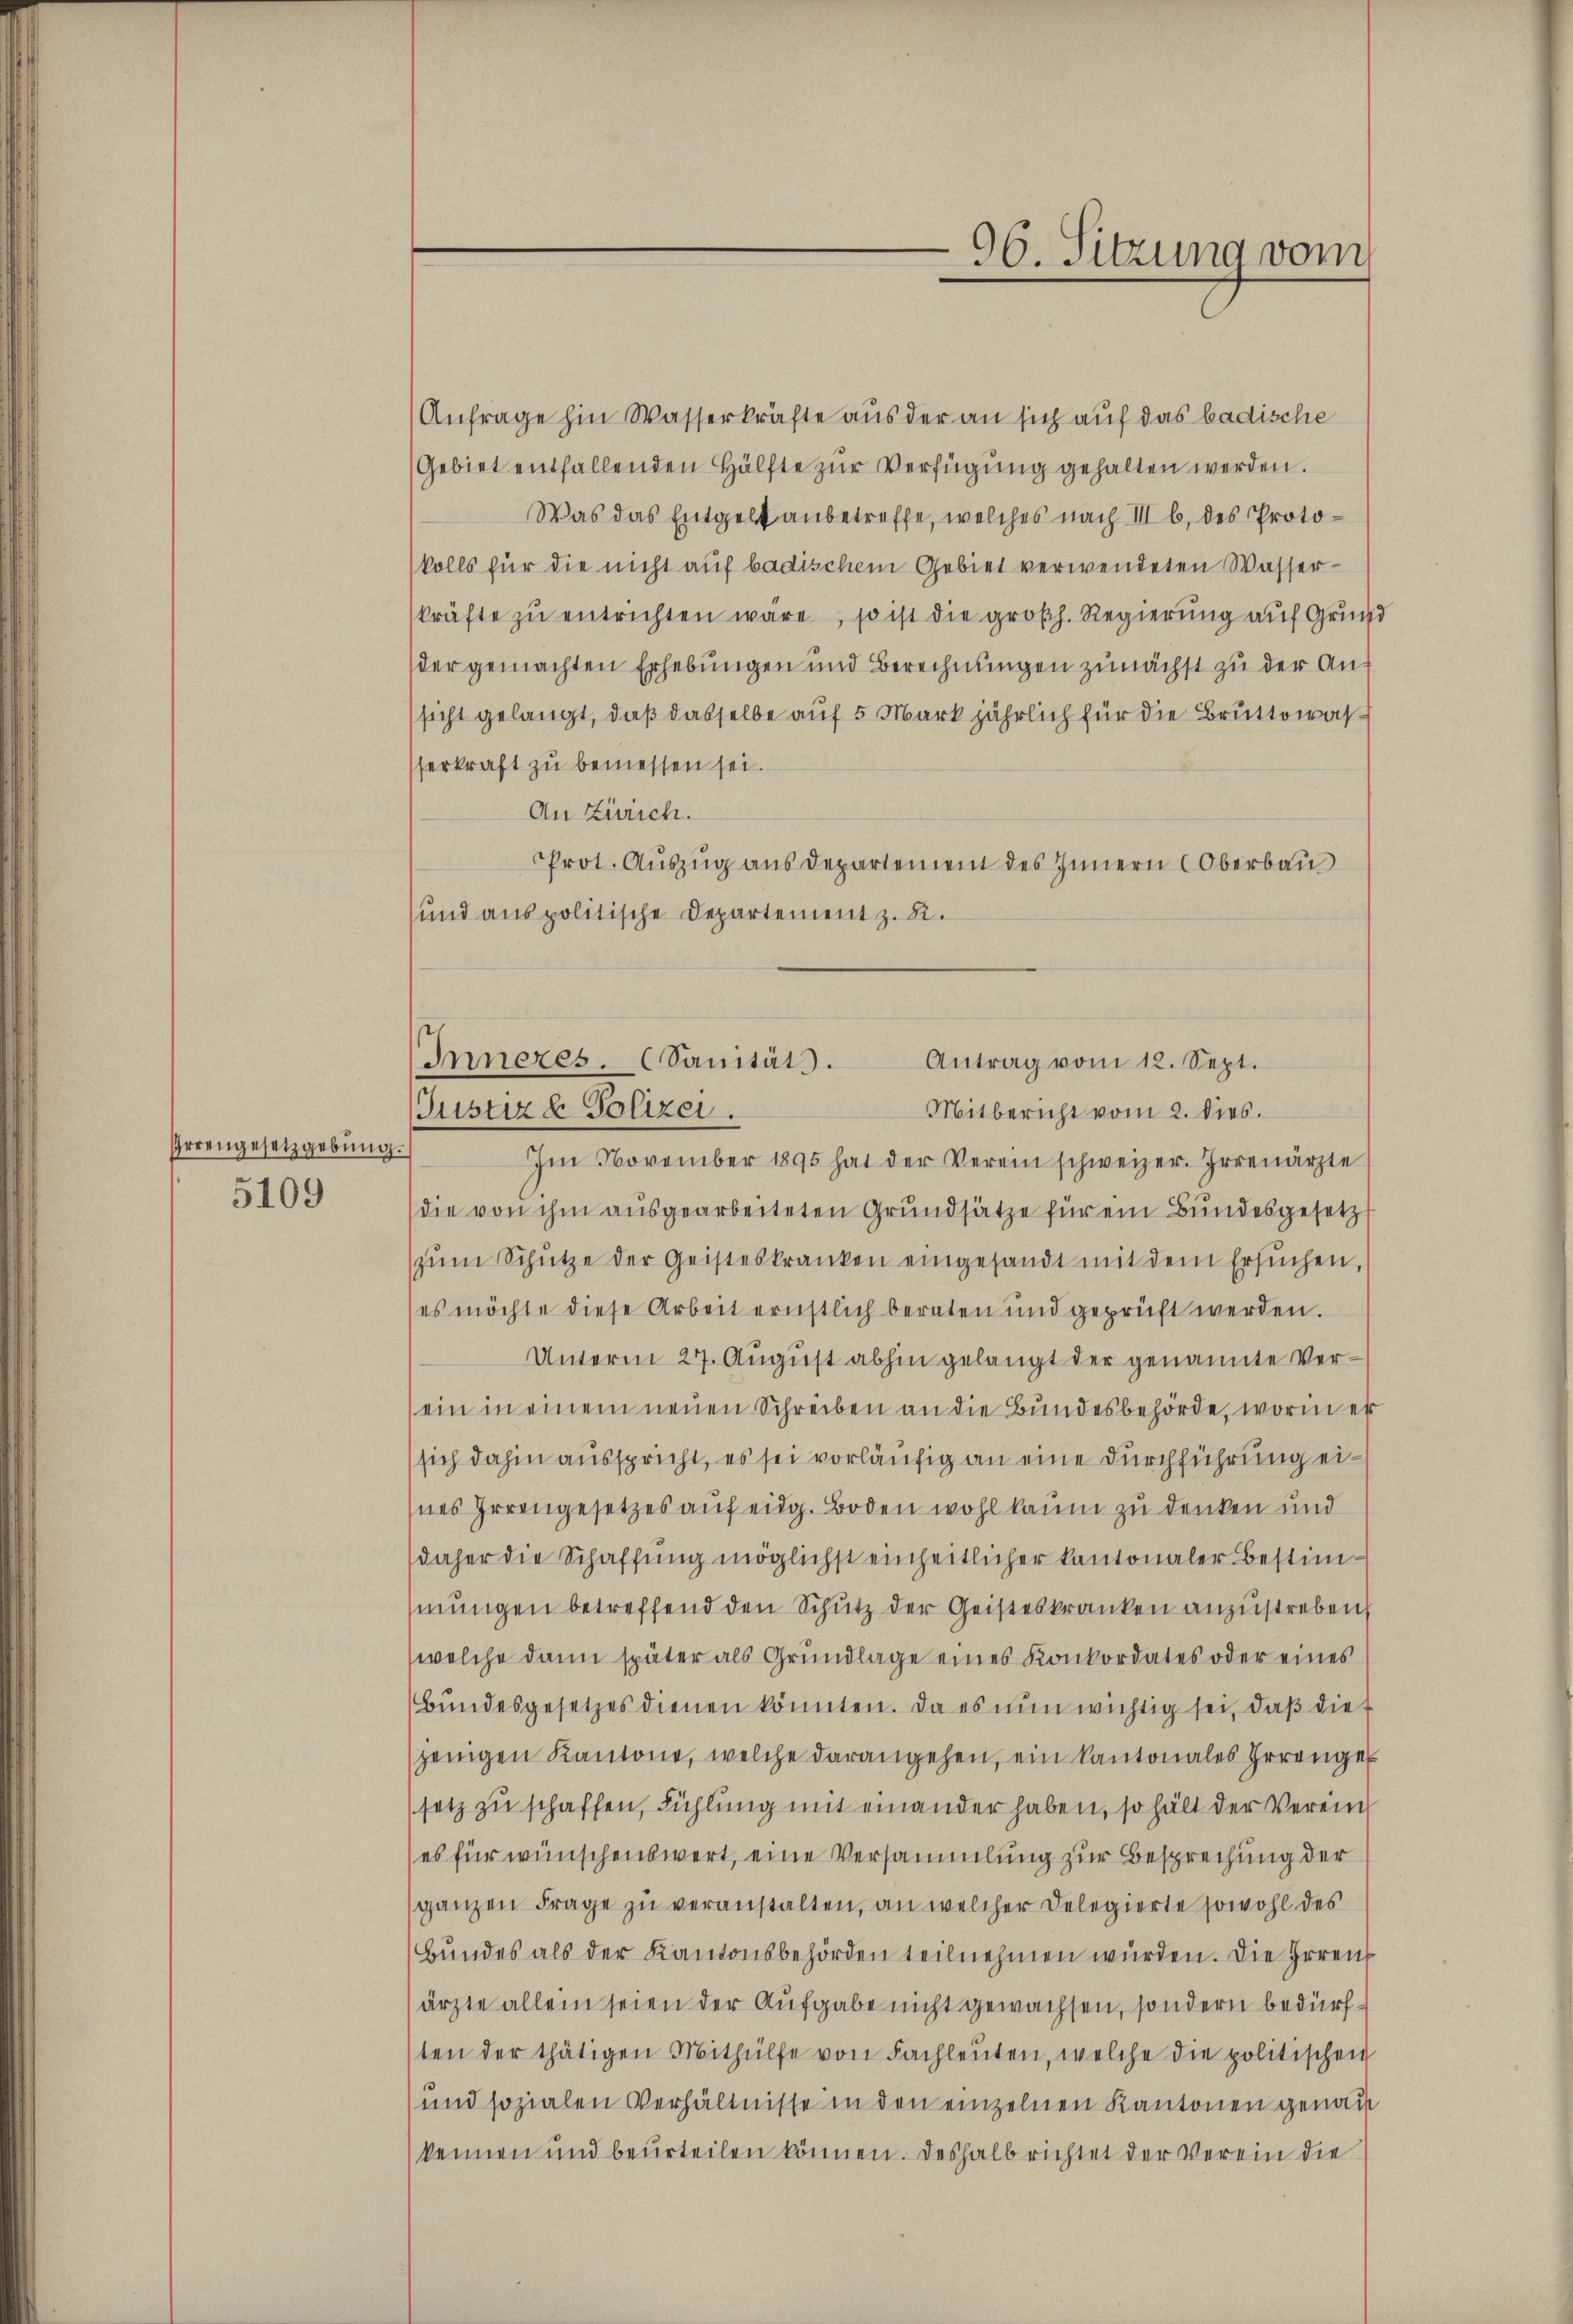
Irrengesetzgebung
5109

Anfrage hin Wasserkräfte aus der an sich auf das badische
Gebiet entfallenden Hälfte zur Verfügung gehalten werden.
Was das Entgelt anbetreffe, welches nach III b. des Protokolls für die nicht auf badischem Gebiet verwendeten Wasserkräfte zŭ entrichten wäre, so ist die großh. Regierŭng auf Grun
der gemachten Erhebungen und Berechnungen zunächst zu der Ansicht gelangt, daß dasselbe auf 5 Mark jährlich für die Bruttowas
serkraft zu bemessen sei.
An Zürich.
PProt. Auszug aus Departement des Innern Oberbau
sund aus politische Departement z. R.
Im November 1895 hat der Verein schweizer. Irrenärzte
(die von ihm ausgearbeiteten Grundsätze für ein Bundesgesetz
zŭm Schütze der Geisteskranken eingesandt mit dem Ersŭchen,
(es möchte diese Arbeit ernstlich beraten und geprüft werden.
Unterm 27. August abhin gelangt der genannte Verein in einem neuen Schreiben an die Bundesbehörde, worin er
sich dahin ausspricht, es sei vorläufig an eine Durchführung eihnes Irrengesetzes auf eidg. Boden wohl kaum zu denken und
daher die Schaffung möglichst einheitlicher kantonaler Bestimmungen betreffend den Schutz der Geisteskranken anzustreben,
welche dann später als Grŭndlage eines Konkordates oder eines
Bŭndesgesetzes dienen könnten. Da es nŭn wichtig sei, daβ die
jenigen Kantone, welche darangehen, ein kantonales herangel
setz zu schaffen, Fühlung mit einander haben, so hält der Verein
es für wünschenswert, eine Versammlung zur Besprechung der
ganzen Frage zu veranstalten, an welcher Delegierte sowohl des
Bundes als der Kantonsbehörden teilnehmen wurden. Die Irren
ärzte allein seien der Aufgabe nicht gewachsen, sondern bedürften der thätigen Mithülfe von Fachleŭten, welche die politischen
und sozialen Verhältnisse in den einzelnen Kantonen genau
kennen und beurteilen können. Deshalb richtet der Verein die

96. Sitzung vom

Inneres. (Sanitäts.
Antrag vom 12. Sept.
Justiz & Polizei.
Mitbericht vom 2. dies.